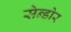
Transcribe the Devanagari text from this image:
सेन्डोर